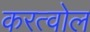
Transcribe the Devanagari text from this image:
करत्वोल